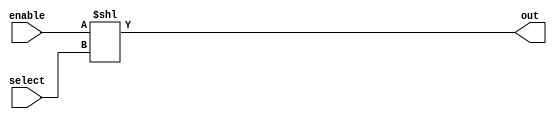
module three_bit_decoder (out, select, enable);
    input [2:0] select;
    input enable;
    output [7:0] out;

    assign out = enable << select;


endmodule